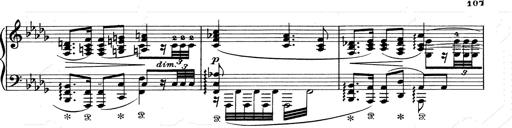
Title: Walhall aus Der Ring des Nibelungen
Composer: Franz Liszt